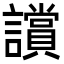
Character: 𧭢